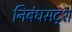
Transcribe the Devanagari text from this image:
निबंधसदृश